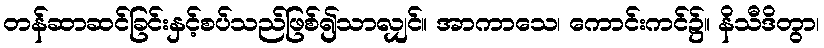
တန်ဆာဆင်ခြင်းနှင့်စပ်သည်ဖြစ်၍သာလျှင်။ အာကာသေ၊ ကောင်းကင်၌။ နိသီဒိတွာ၊